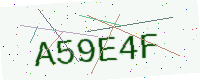
Text: A59E4F